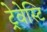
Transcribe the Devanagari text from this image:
ट्रेवेस्टि